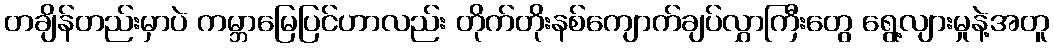
တချိန်တည်းမှာပဲ ကမ္ဘာမြေပြင်ဟာလည်း တိုက်တိုးနစ်ကျောက်ချပ်လွှာကြီးတွေ ရွေ့လျားမှုနဲ့အတူ